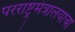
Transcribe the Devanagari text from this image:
परराष्ट्रमंत्रालयाचा